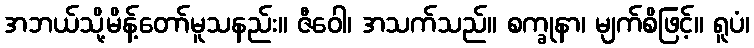
အဘယ်သို့မိန့်တော်မူသနည်း။ ဇီဝေါ၊ အသက်သည်။ စက္ခုနာ၊ မျက်စိဖြင့်။ ရူပံ၊